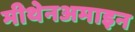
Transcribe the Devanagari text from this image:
मीथेनअमाइन